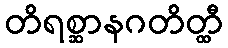
တိရစ္ဆာနဂတိတ္ထီ